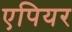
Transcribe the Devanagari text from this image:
एपियर